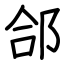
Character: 郃